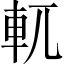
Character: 軏